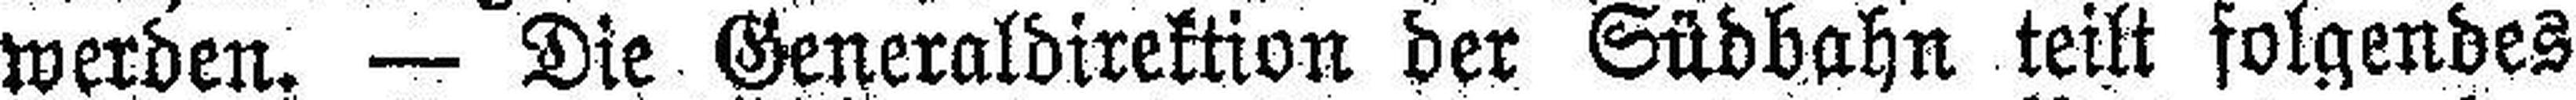
werden. — Die Generaldirektton der Südbahn teilt folgendes